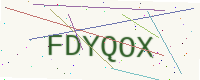
Text: FDYQOX